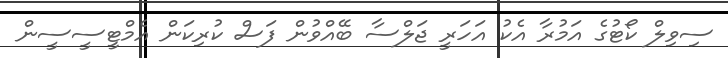
ސިވިލް ކޯޓުގެ އަމުރާ އެކު އަހަރީ ޖަލްސާ ބޭއްވުން ފަސް ކުރިކަން އެމްޓީސީސީން